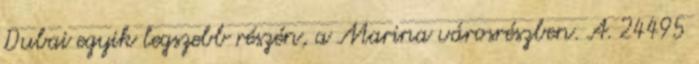
Dubai egyik legszebb részén, a Marina városrészben. A. 24495